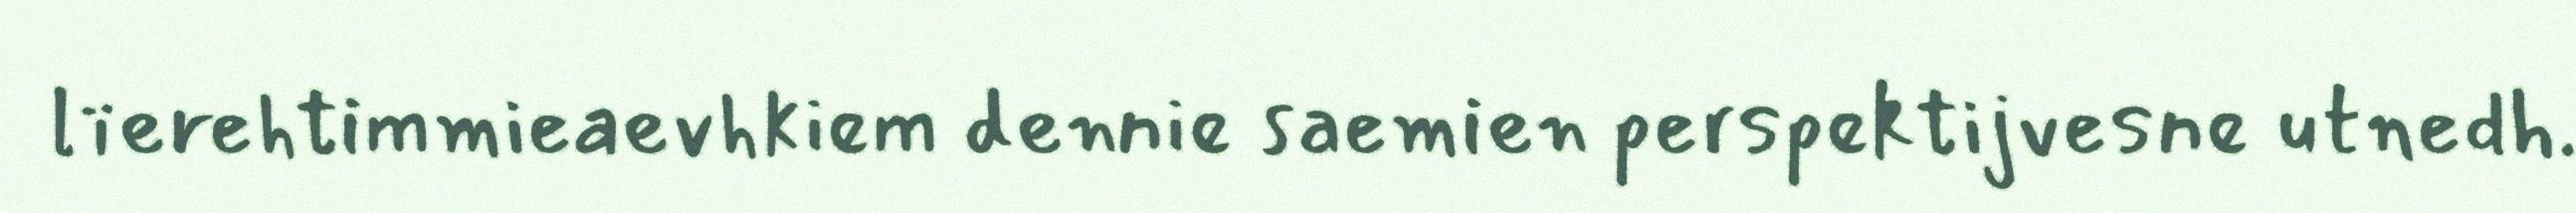
lïerehtimmieaevhkiem dennie saemien perspektijvesne utnedh.